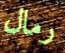
رمال